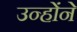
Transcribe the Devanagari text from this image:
उन्होंंने